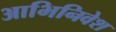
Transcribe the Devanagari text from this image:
आभिनिवेश